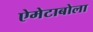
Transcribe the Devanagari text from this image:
ऐमेटाबोला